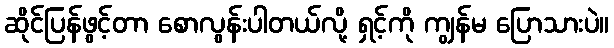
ဆိုင်ပြန်ဖွင့်တာ စောလွန်းပါတယ်လို့ ရှင့်ကို ကျွန်မ ပြောသားပဲ။